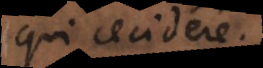
qui cecidere.